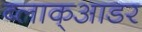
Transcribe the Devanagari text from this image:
ब्लाक्आडर